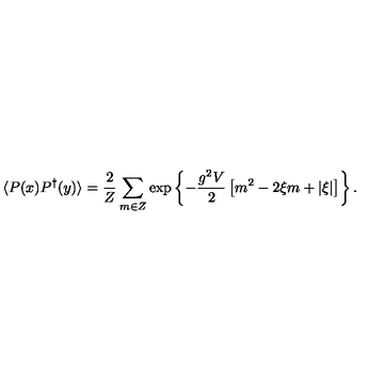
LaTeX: \langle P ( x ) P ^ { \dagger } ( y ) \rangle = \frac { 2 } { Z } \sum _ { m \in Z } \exp \left\{ - \frac { g ^ { 2 } V } { 2 } \left[ m ^ { 2 } - 2 \xi m + \vert \xi \vert \right] \right\} .